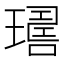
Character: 𤩇